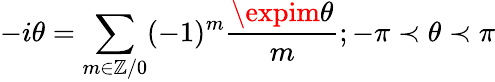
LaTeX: -i\theta=\sum_{m\in\mathbb{Z}/0}(-1)^{m}\frac{{\expim\theta}}{{m}}\textrm{{}};-\pi\prec\theta\prec\pi